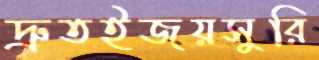
দ্রুতইজয়সুরি